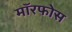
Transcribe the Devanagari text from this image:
मॉरफोस